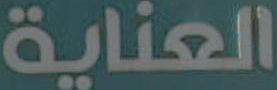
العناية